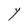
Character: Y